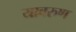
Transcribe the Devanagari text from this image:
यावरुण